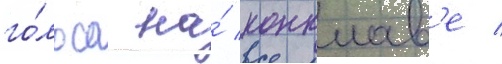
го́лоса на́ конклав'е /